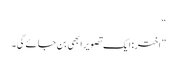
“
”اختر: ایک تصویر ابھی بن جائے گی۔